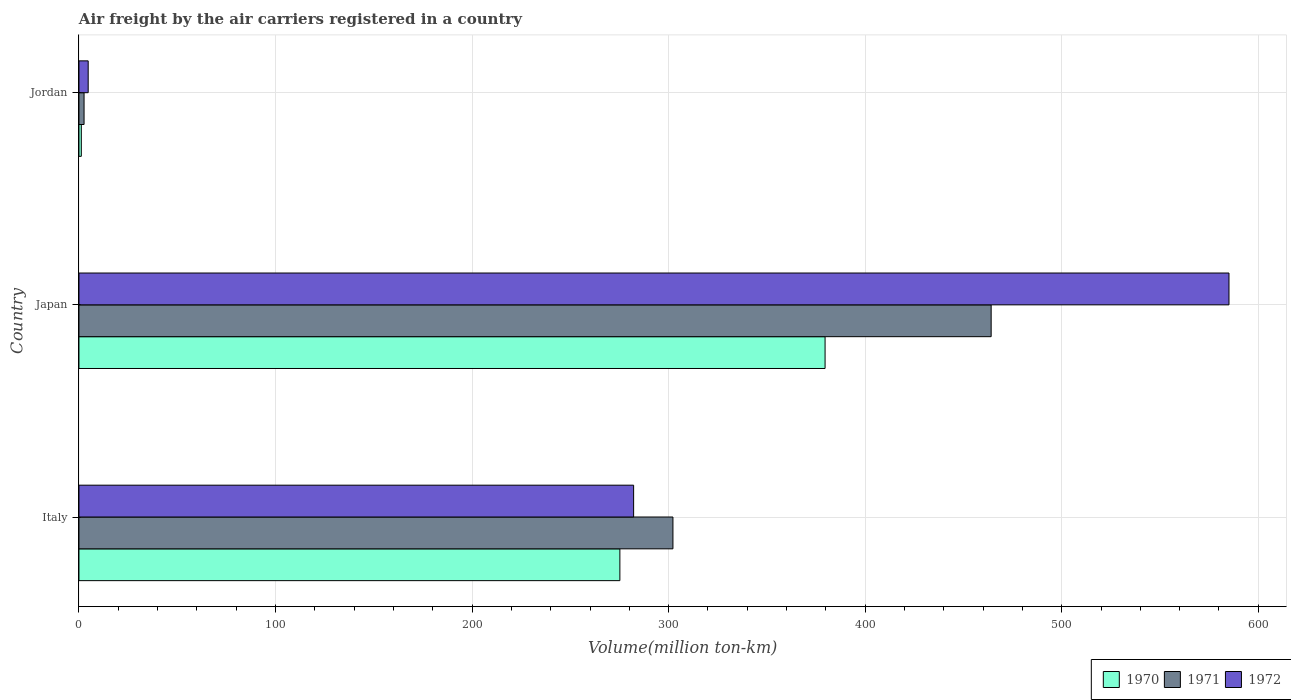
| Country | 1970 | 1971 | 1972 |
 | --- | --- | --- | --- |
 | Italy | 275 | 302 | 282 |
 | Japan | 380 | 464 | 585 |
 | Jordan | 1.2 | 2.6 | 4.7 |